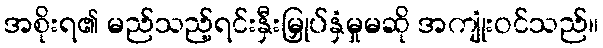
အစိုးရ၏ မည်သည့်ရင်းနှီးမြှုပ်နှံမှုမဆို အကျုံးဝင်သည်။